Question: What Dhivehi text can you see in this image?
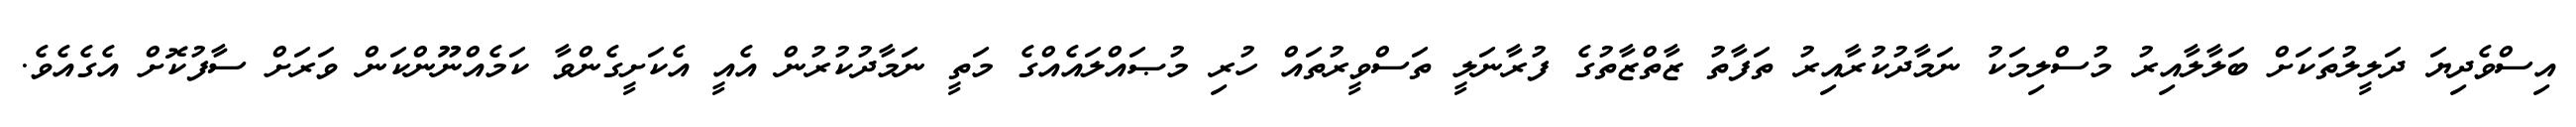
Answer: އިސްވެދިޔަ ދަލީލުތަކަށް ބަލާލާއިރު މުސްލިމަކު ނަމާދުކުރާއިރު ތަފާތު ޒާތްޒާތުގެ ފުރާނަލީ ތަސްވީރުތައް ހުރި މުޞައްލައެއްގެ މަތީ ނަމާދުކުރުން އެއީ އެކަށީގެންވާ ކަމެއްނޫންކަން ވަރަށް ސާފުކޮށް އެގެއެވެ.